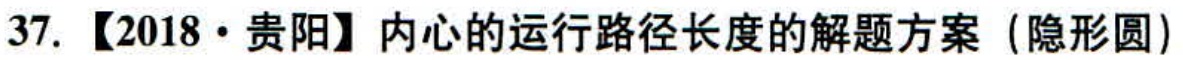
37. 【2018·贵阳】内心的运行路径长度的解题方案（隐形圆）